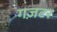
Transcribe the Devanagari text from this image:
गज़टर